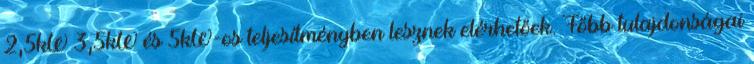
2,5kW 3,5kW és 5kW-os teljesítményben lesznek elérhetőek. Főbb tulajdonságai